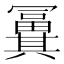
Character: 𠔸